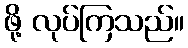
ဖို့ လုပ်ကြသည်။